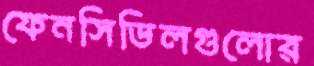
ফেনসিডিলগুলোর